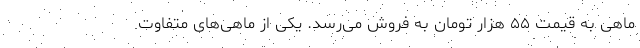
ماهی به قیمت ۵۵ هزار تومان به فروش می‌رسد. یکی از ماهی‌های متفاوت